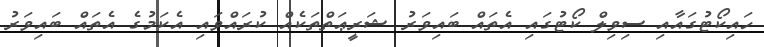
ހައިކޯޓުގައާއި ސިވިލް ކޯޓުގައި އެތައް ބައިވަރު ޝަރީޢަތްތަކެއް ކުރައްވައި އެކަމުގެ އެތައް ބައިވަރު